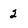
Character: 2